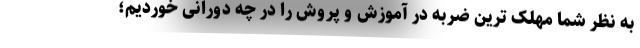
به نظر شما مهلک ترین ضربه در آموزش و پروش را در چه دورانی خوردیم؛